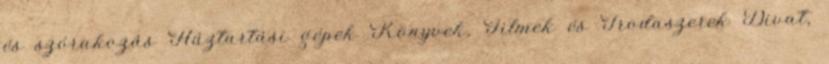
és szórakozás Háztartási gépek Könyvek, Filmek és Irodaszerek Divat,